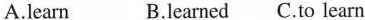
A.learn B.learned C.To learn